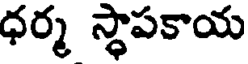
ధర్మ స్థాపకాయ